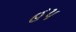
હપ